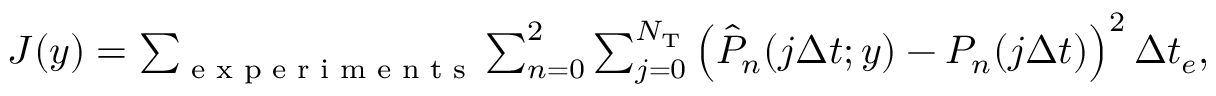
\begin{array} { r } { J ( \boldsymbol { y } ) = \sum _ { \textrm { e x p e r i m e n t s } } \sum _ { n = 0 } ^ { 2 } \sum _ { j = 0 } ^ { N _ { \mathrm { T } } } \left( \hat { P } _ { n } ( j \Delta t ; \boldsymbol { y } ) - P _ { n } ( j \Delta t ) \right) ^ { 2 } \Delta t _ { e } , } \end{array}